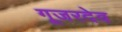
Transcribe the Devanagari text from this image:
गूजरदेव